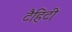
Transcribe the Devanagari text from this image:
टैहिटी